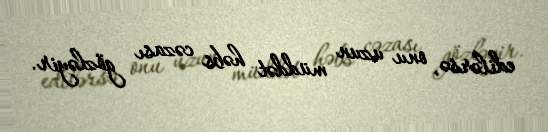
edilərsə, onu uzun müddət həbs cəzası gözləyir.